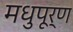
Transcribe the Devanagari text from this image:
मधुपूर्ण